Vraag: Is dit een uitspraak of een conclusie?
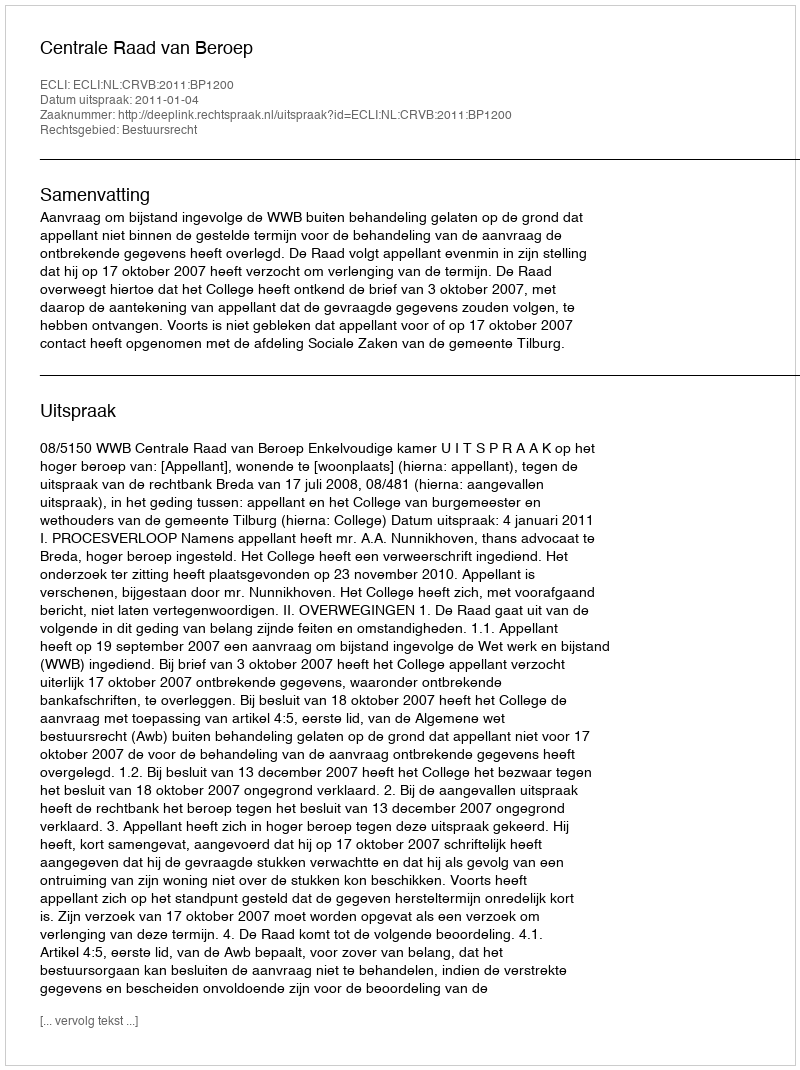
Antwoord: Uitspraak